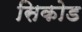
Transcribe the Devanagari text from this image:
सिकोड